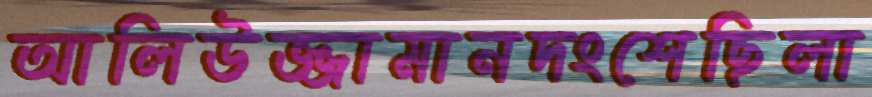
আলিউজ্জামানদংশেছিলা